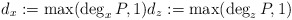
\begin{align*} d_x := \max(\deg_x P, 1) d_z := \max(\deg_z P, 1) \end{align*}